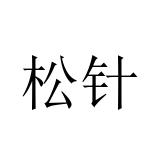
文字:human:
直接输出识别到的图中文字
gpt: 松针